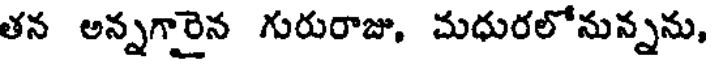
తన అన్నగారైన గురురాజు. మధురలోనున్నను,